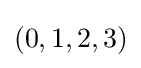
(0,1,2,3)